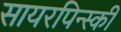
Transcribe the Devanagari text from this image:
सायरपिन्स्की